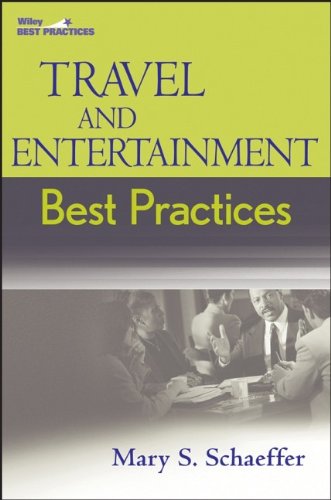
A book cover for Travel and Entertainment Best Practices; Mary S. Schaeffer; Travel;